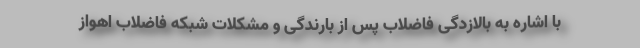
با اشاره به بالازدگی فاضلاب پس از بارندگی و مشکلات شبکه فاضلاب اهواز